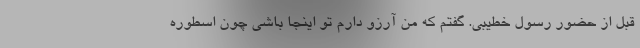
قبل از حضور رسول خطیبی. گفتم که من آرزو دارم تو اینجا باشی چون اسطوره